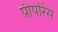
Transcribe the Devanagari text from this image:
प्रीपेरिस